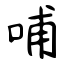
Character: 哺